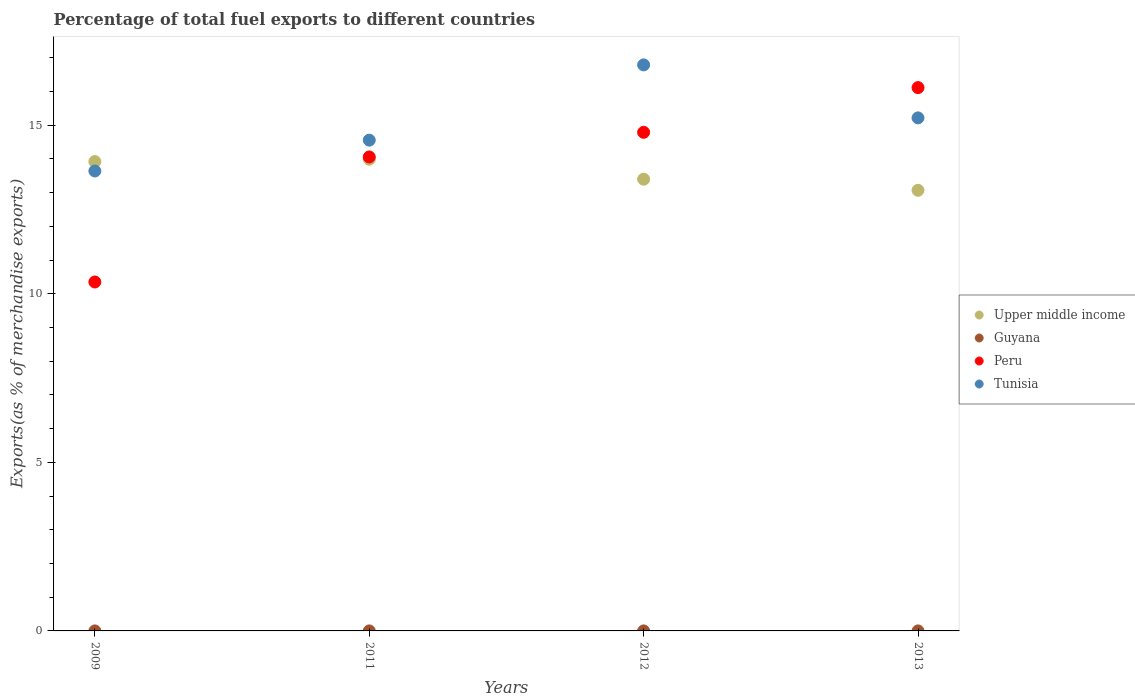
| Years | Upper middle income | Guyana | Peru | Tunisia |
 | --- | --- | --- | --- | --- |
 | 2009 | 13.9 | 0.000276 | 10.3 | 13.6 |
 | 2011 | 14 | 0.000875 | 14.1 | 14.6 |
 | 2012 | 13.4 | 8.26e-05 | 14.8 | 16.8 |
 | 2013 | 13.1 | 5.01e-06 | 16.1 | 15.2 |